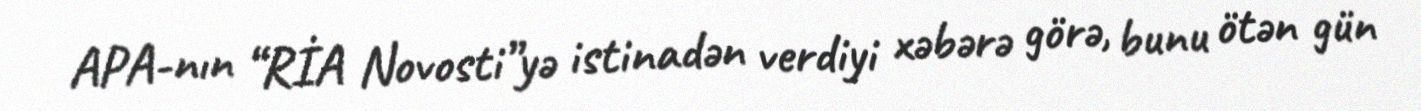
APA-nın “RİA Novosti”yə istinadən verdiyi xəbərə görə, bunu ötən gün